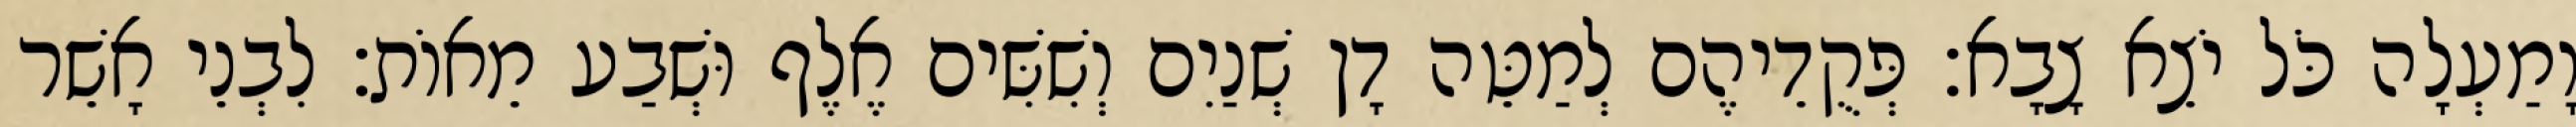
וָמַעְלָה כֹּל יֹצֵא צָבָא׃ פְּקֻדֵיהֶם לְמַטֵּה דָן שְׁנַיִם וְשִׁשִּׁים אֶלֶף וּשְׁבַע מֵאוֹת׃ לִבְנֵי אָשֵׁר